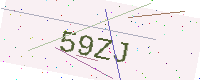
Text: 59ZJ